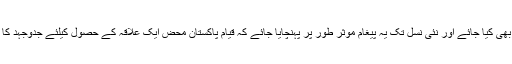
میری یہ تجویز ہے کہ ایسی ہی کانفرنسوں کا انعقاد چاروں صوبوں کے دارالحکومت میں بھی کیا جائے اور نئی نسل تک یہ پیغام موثر طور پر پہنچایا جائے کہ قیام پاکستان محض ایک علاقہ کے حصول کیلئے جدوجہد کا نام نہیں بلکہ قائداعظمؒ کے پیش نظر ایک اسلامی اور فلاحی مملکت کا عظیم تر مقصد تھا۔